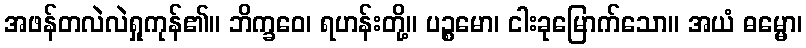
အဖန်တလဲလဲရှုကုန်၏။ ဘိက္ခဝေ၊ ရဟန်းတို့။ ပဉ္စမော၊ ငါးခုမြောက်သော။ အယံ ဓမ္မော၊